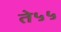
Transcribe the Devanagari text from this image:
ते५५